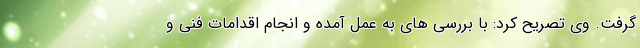
گرفت. وی تصریح کرد: با بررسی های به عمل آمده و انجام اقدامات فنی و